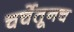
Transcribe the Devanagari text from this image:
चर्चेतूनच